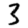
Digit: 3